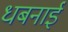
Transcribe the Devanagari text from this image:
धबनाईे